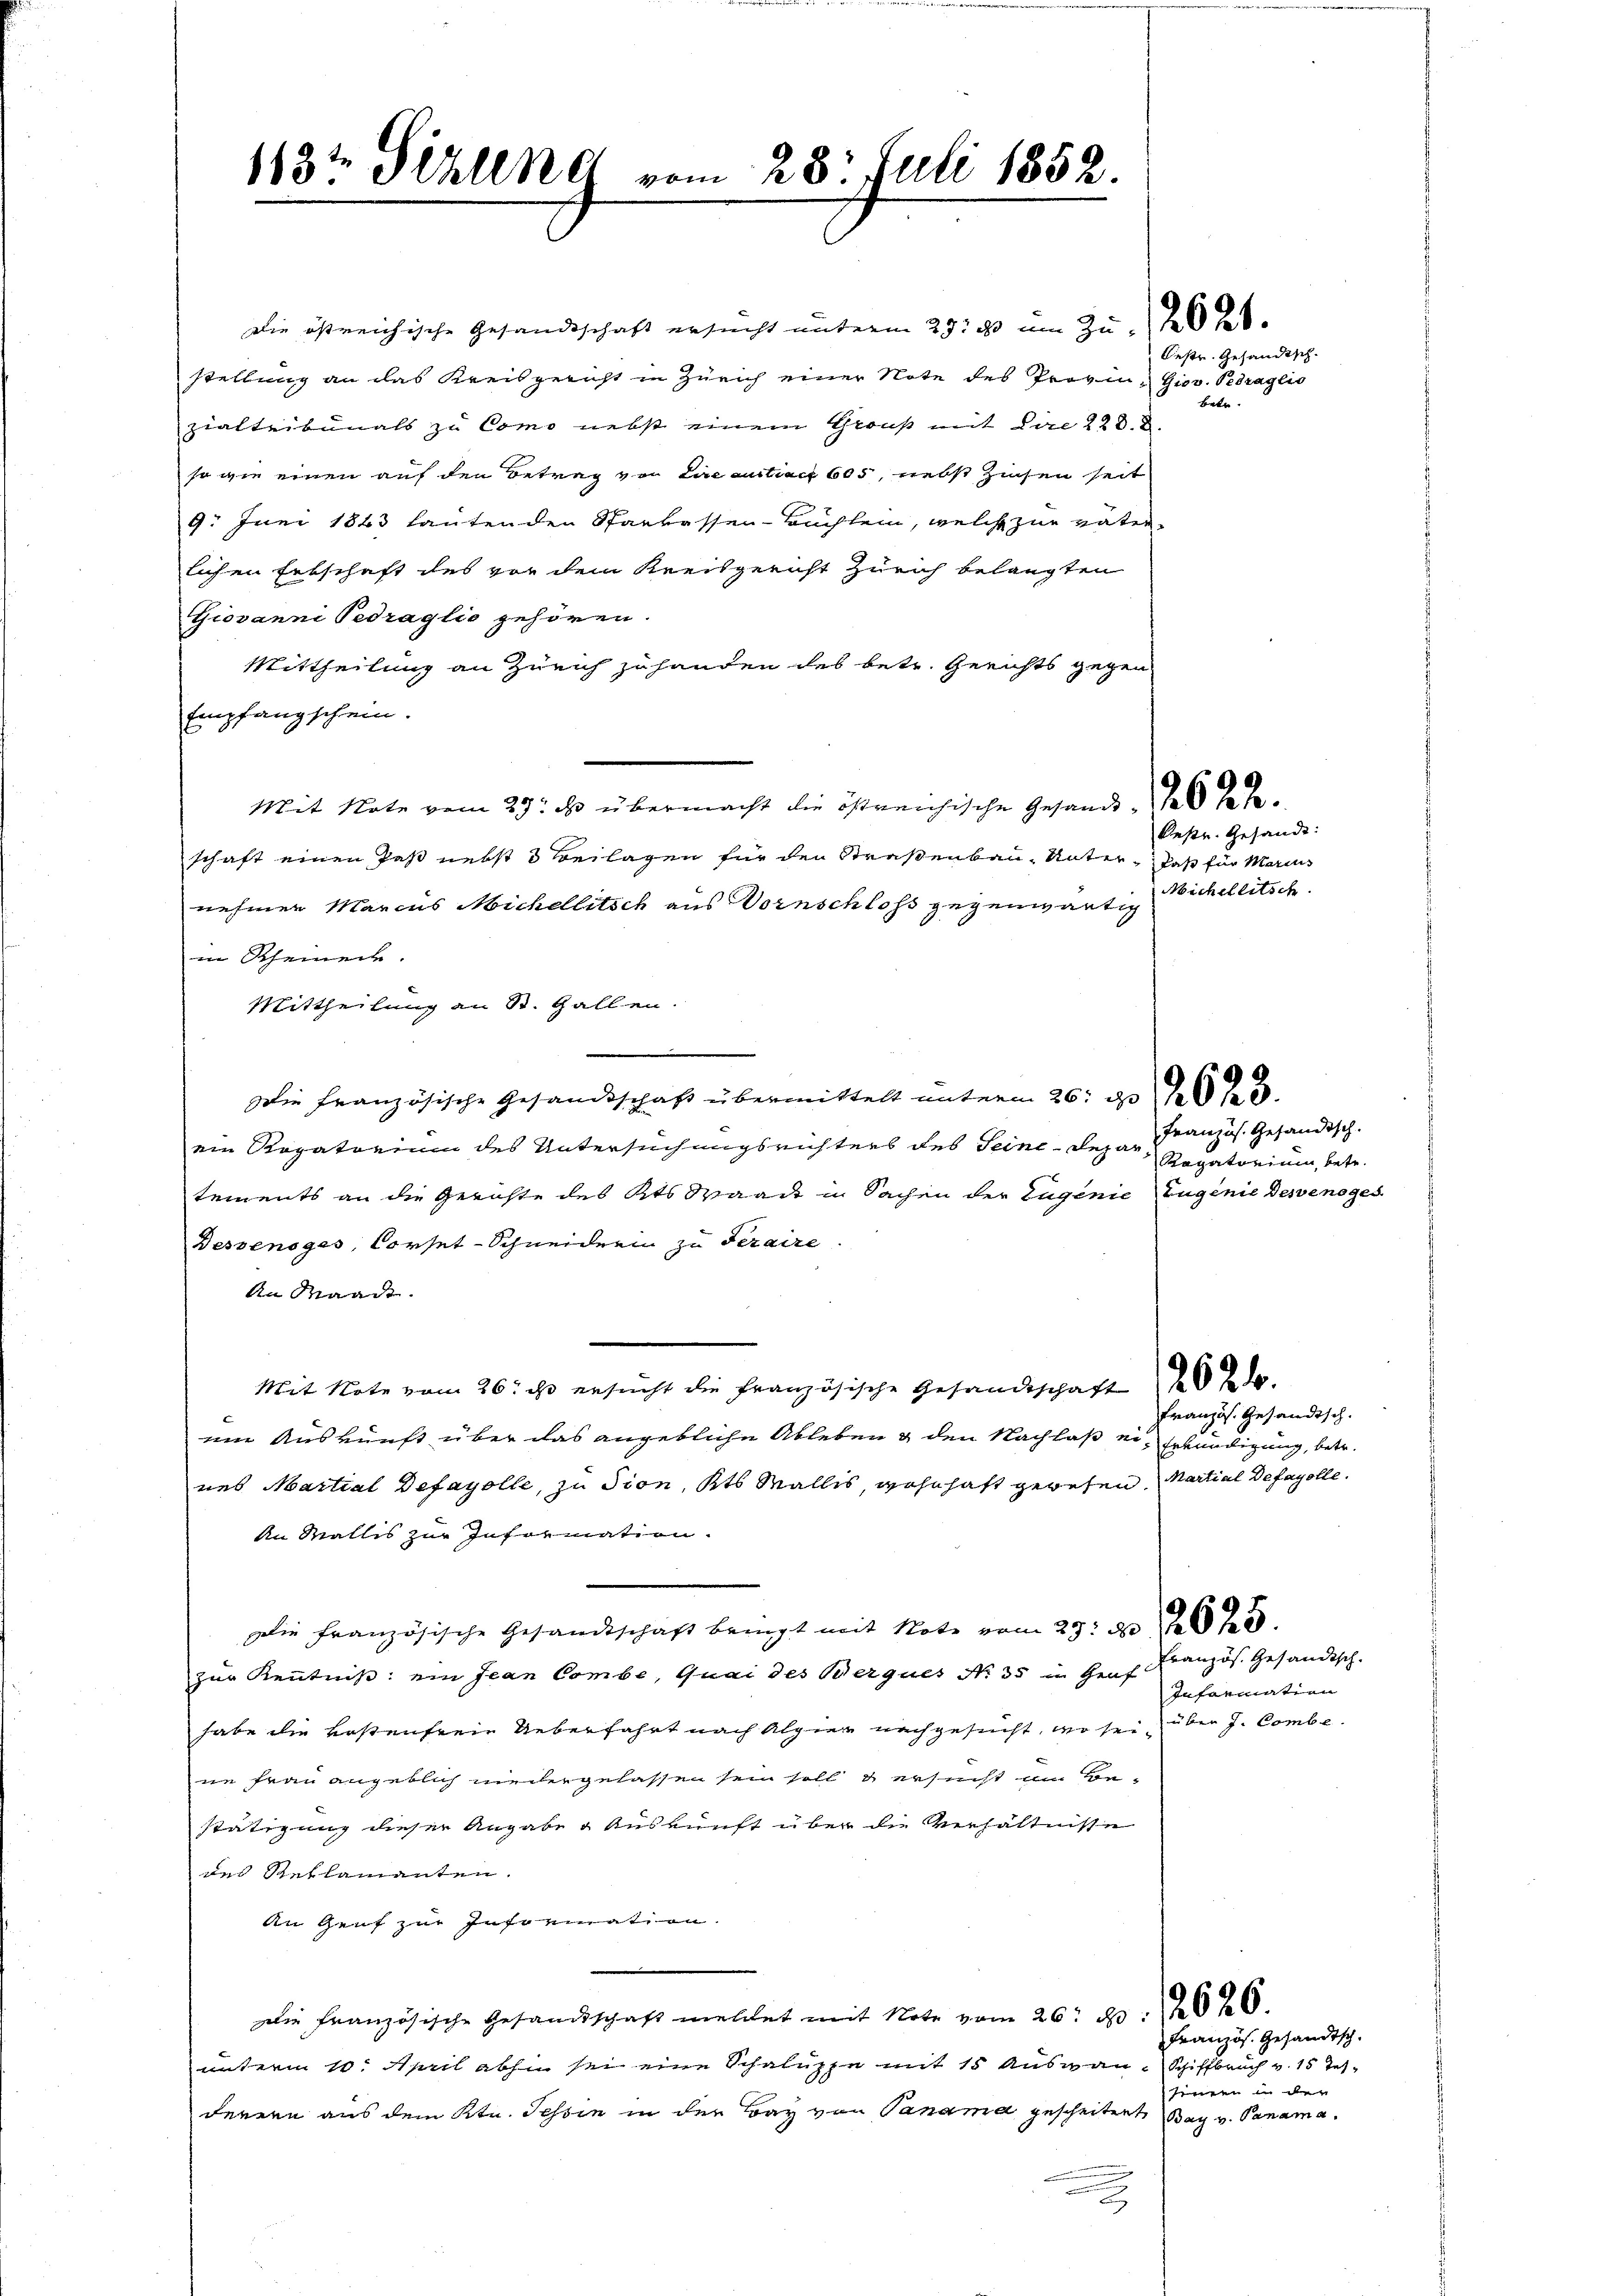
Die östreichische Gesandtschaft ersucht unterm 29. ds um Zustel
stellung an das Kreisgericht in Zürich einer Note des Provinz Giov. Gedraglis
zialtribunals zu Como nebst einem Gruß mit Dir 228. d.
so wie einen auf den Betrag von Lire entrach 605, nebst Zinsen seit
9. Juni 1863 lautenden Sparkassen-Buchlein, welche zur vater-
lichen Erbschaft des vor dem Kreisgericht Zürich belangten
Giovanni Pedraglio gehören.
Mittheilung an Zürich zu handen des betr. Gerichts gegen
Empfangschein.
Mit Note vom 29. ds. übermacht die östreichische Gesandt, das Jahr
schaft einen Past nebst 3 Beilagen für den Straßenbau - Unter, daß für Marius
nehmen Marcus Michellitsch aus Vornschloss gegenwärtig
in Rheineck.
Mittheilung an St. Gallen.
Die Französische Gesandtschaft übermittelt unterm 26. d. 26 J.
ein Rogatorium des Untersuchungsrichters des Seine-Departements an die Gerichte des Kts Waadt in Sachen der Eugenie Zugenie Dessenges
Bessensges, Corset-Schneiderin zu seraire
An Waadt.
Mit Note vom 26. ist ersucht die Französische Gesandtschaft 1 202.
em Auskunft über das angebliche Ableben & den Nachlaß er, Erkundigung, betr.
nes Martial Defayolle, zu sion, Kts. Wallis, wohnhaft gewesen. Martial Defayolle.
An Wallis zur Information.
Die Französische Gesandtschaft bringt mit Note vom 29. No 10 f.
zur Kenntniß: ein Jean Combe, Quai des Berques No 35 in Genf Französ. Gesandtsch-
habe die Kostenfreie Ueberfahrt nach Alpier nachgesucht, wo sei über J. Combe
ne Frau angeblich niedergelassen sein soll & ersucht am Be-
stätigung dieser Angabe & Auskunft über die Verhältnisse
des Reklamanten.
An Genf zur Information.
Die französische Gesandtschaft mellet mit Note vom 26. 23. 2020.
unterm 10. April abhin sei eine Schaluppe mit 15 Ausgan- Schiffbruch v. 15 Tederern aus dem Ktn. Tessin in der Bay von Panamd gescheiten Bay v. Panama.

113t Seelen vom 28. Juli 1852

Oestr. Gesandtsch-
betr.

Restr. Gesandt:
Michellitsch

Französ. Gesandtsch.
Rogatorium, betr.

ranzös. Gesandtsch.

Information

Französ. Gesandtsch.
zenten in der